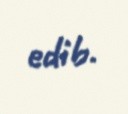
edib.